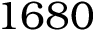
1 6 8 0